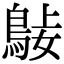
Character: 𪀺